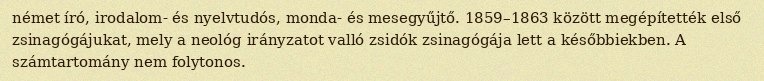
német író, irodalom- és nyelvtudós, monda- és mesegyűjtő. 1859–1863 között megépítették első zsinagógájukat, mely a neológ irányzatot valló zsidók zsinagógája lett a későbbiekben. A számtartomány nem folytonos.